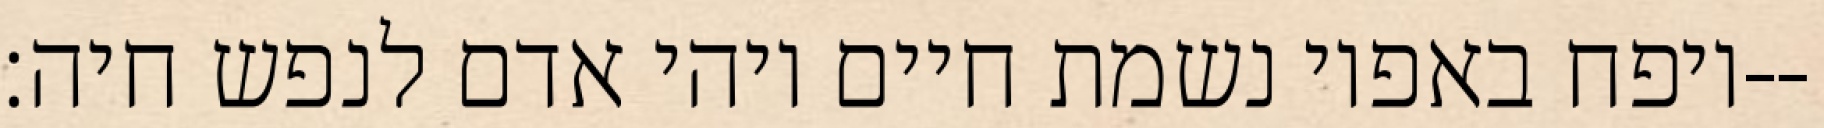
ויפח באפיו נשמת חיים ויהי אדם לנפש חיה׃--